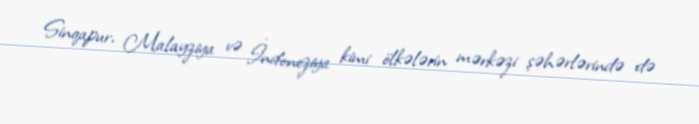
Sinqapur, Malayziya və İndoneziya kimi ölkələrin mərkəzi şəhərlərində də